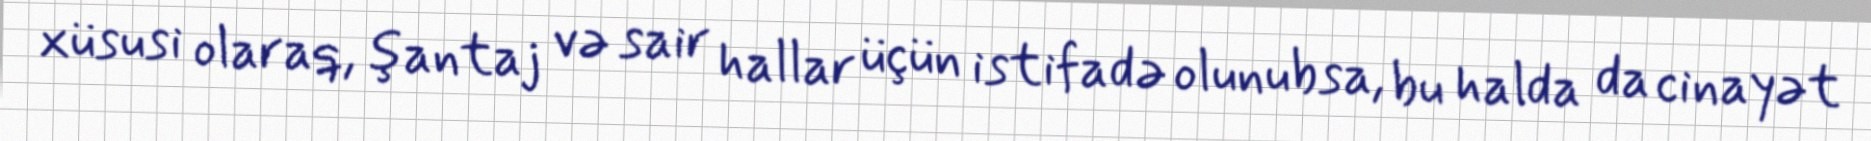
xüsusi olaraq, şantaj və sair hallar üçün istifadə olunubsa, bu halda da cinayət